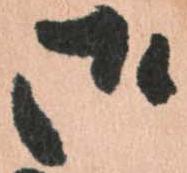
御